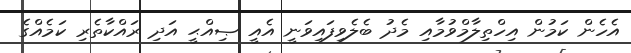
އެހެން ކަމުން އިހްތިލާމްވުމާއި މެދު ބެލެވިފައިވަނީ އެއީ ޞިއްޙީ އަދި ރައްކާތެރި ކަމެއްގެ